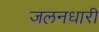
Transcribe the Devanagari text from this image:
जलनधारी